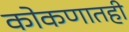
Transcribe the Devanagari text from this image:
कोकणातही